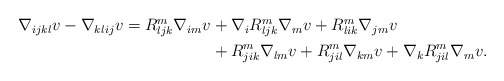
\begin{align*}\begin{aligned}\nabla_{ijkl} v - \nabla_{klij} v= R^m_{ljk} \nabla_{im} v & + \nabla_i R^m_{ljk} \nabla_m v + R^m_{lik} \nabla_{jm} v \\ & + R^m_{jik} \nabla_{lm} v + R^m_{jil} \nabla_{km} v + \nabla_k R^m_{jil} \nabla_m v.\end{aligned}\end{align*}